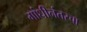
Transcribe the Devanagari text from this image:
गांधीनंतरचा